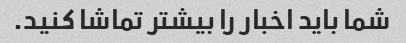
شما باید اخبار را بیشتر تماشا کنید.